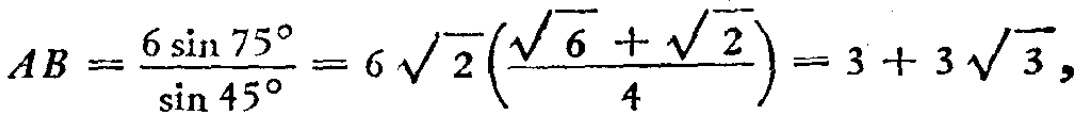
\[
AB=\frac{6\sin75^{\circ}}{\sin45^{\circ}} = 6\sqrt{2}\left(\frac{\sqrt{6}+\sqrt{2}}{4}\right)=3 + 3\sqrt{3},
\]